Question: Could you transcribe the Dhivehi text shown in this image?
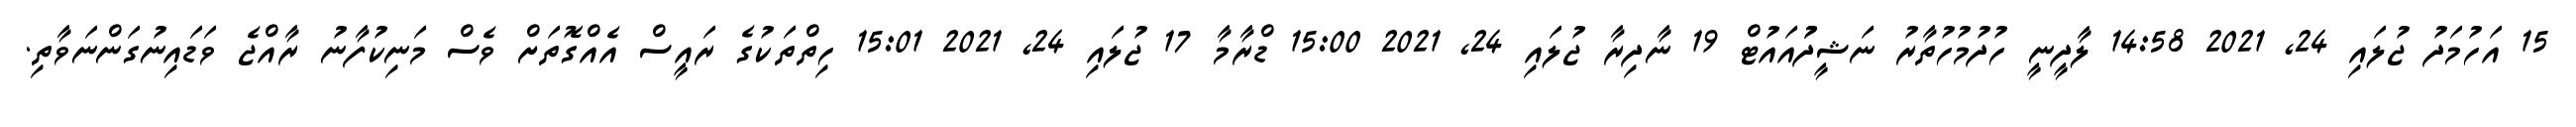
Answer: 15 އަހުމަދު ޖުލައި 24, 2021 14:58 ލާދީނީ ހުދުމުހުތާރު ނަޝީދުުއައުޓް 19 ނާދިރާ ޖުލައި 24, 2021 15:00 ޑްރާމާ 17 ޖުލައި 24, 2021 15:01 ހިތްތަކުގެ ރައީސް އެއްގޮތަށް ވެސް މަނިކުފާނު ރާއްޖެ ވަޑައިނުގަންނަވާތި.